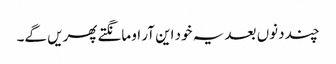
چند دنوں بعد یہ خود این آر او مانگتے پھریں گے۔